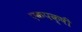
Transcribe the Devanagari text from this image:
एकपक्षी